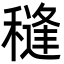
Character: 𮃩